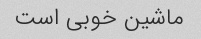
ماشین خوبی است